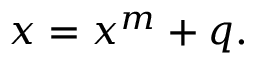
x = x ^ { m } + q .